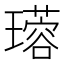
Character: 𤪜